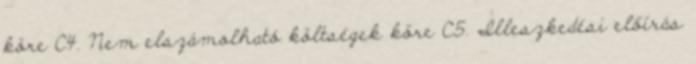
köre C4. Nem elszámolható költségek köre C5. Illeszkedési előírás